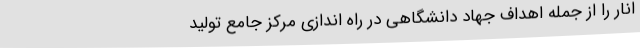
انار را از جمله اهداف جهاد دانشگاهی در راه اندازی مرکز جامع تولید